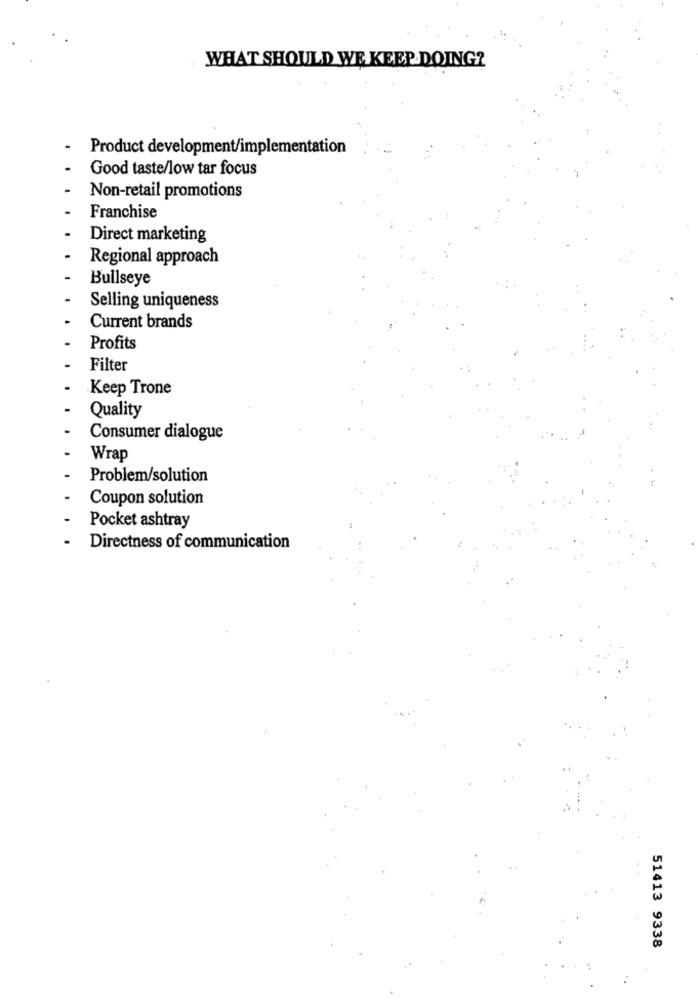
WHAT SHOULD WE KEEP DOING?
Product development/implementation
Good taste/low tar focus
Non-retail promotions
Franchise
Direct marketing
Regional approach
Bullseye
Selling uniqueness
Current brands
Profits
Filter
Keep Trone
Quality
Consumer dialogue
Wrap
Problem/solution
Coupon solution
Pocket ashtray
Directness of communication
51413 9338